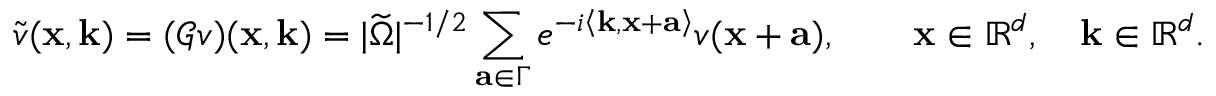
\tilde { v } ( \mathbf { x } , \mathbf { k } ) = ( \mathscr { G } \- v ) ( \mathbf { x } , \mathbf { k } ) = | \widetilde { \Omega } | ^ { - 1 / 2 } \sum _ { \mathbf { a } \in \Gamma } e ^ { - i \left< \mathbf { k } , \mathbf { x } + \mathbf { a } \right> } v ( \mathbf { x } + \mathbf { a } ) , \qquad \mathbf { x } \in \mathbb { R } ^ { d } , \quad \mathbf { k } \in \mathbb { R } ^ { d } .